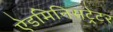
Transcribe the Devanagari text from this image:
ऐडमिनिसट्रेटर